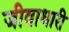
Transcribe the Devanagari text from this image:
जीवाधारी